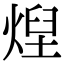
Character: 㷐